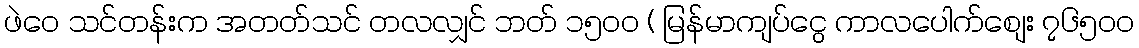
ဖဲဝေ သင်တန်းက အတတ်သင် တလလျှင် ဘတ် ၁၅၀၀ ( မြန်မာကျပ်ငွေ ကာလပေါက်စျေး ၇၆၅၀၀